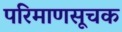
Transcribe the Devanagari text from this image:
परिमाणसूचक